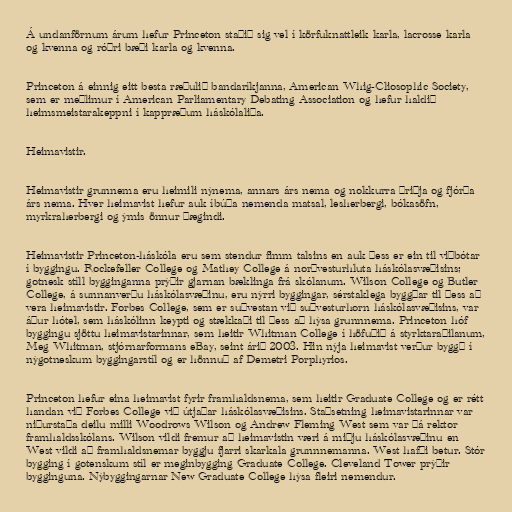
Á undanförnum árum hefur Princeton staðið sig vel í körfuknattleik karla, lacrosse karla
og kvenna og róðri bæði karla og kvenna.

Princeton á einnig eitt besta ræðulið bandaríkjanna, American Whig-Cliosophic Society,
sem er meðlimur í American Parliamentary Debating Association og hefur haldið
heimsmeistarakeppni í kappræðum háskólaliða.

Heimavistir.

Heimavistir grunnema eru heimili nýnema, annars árs nema og nokkurra þriðja og fjórða
árs nema. Hver heimavist hefur auk íbúða nemenda matsal, lesherbergi, bókasöfn,
myrkraherbergi og ýmis önnur þægindi.

Heimavistir Princeton-háskóla eru sem stendur fimm talsins en auk þess er ein til viðbótar
í byggingu. Rockefeller College og Mathey College á norðvesturhluta háskólasvæðisins;
gotnesk stíll bygginganna prýðir gjarnan bæklinga frá skólanum. Wilson College og Butler
College, á sunnanverðu háskólasvæðinu, eru nýrri byggingar, sérstaklega byggðar til þess að
vera heimavistir. Forbes College, sem er suðvestan við suðvesturhorn háskólasvæðisins, var
áður hótel, sem háskólinn keypti og stækkaði til þess að hýsa grunnnema. Princeton hóf
byggingu sjöttu heimavistarinnar, sem heitir Whitman College í höfuðið á styrktaraðilanum,
Meg Whitman, stjórnarformans eBay, seint árið 2003. Hin nýja heimavist verður byggð í
nýgotneskum byggingarstíl og er hönnuð af Demetri Porphyrios.

Princeton hefur eina heimavist fyrir framhaldsnema, sem heitir Graduate College og er rétt
handan við Forbes College við útjaðar háskólasvæðisins. Staðsetning heimavistarinnar var
niðurstaða deilu milli Woodrows Wilson og Andrew Fleming West sem var þá rektor
framhaldsskólans. Wilson vildi fremur að heimavistin væri á miðju háskólasvæðinu en
West vildi að framhaldsnemar byggju fjarri skarkala grunnnemanna. West hafði betur. Stór
bygging í gotenskum stíl er meginbygging Graduate College. Cleveland Tower prýðir
bygginguna. Nýbyggingarnar New Graduate College hýsa fleiri nemendur.